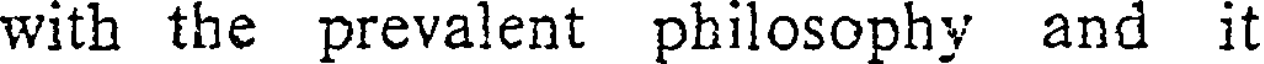
with the prevalent philosophy and it